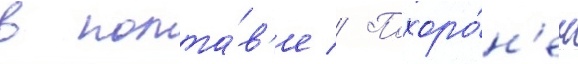
в полта́в'е // Похоро́н'ен